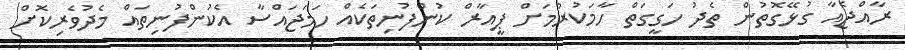
ރާއްޖެއާ ގުޅޭގޮތުން ތެދު ހަގީގަތް ހާމަކުރުމަށް ޕީއާރް ކުންފުނިތަކެއް ހަމަޖައްސާ އެކުންފުނިތައް މެދުވެރިކޮށް